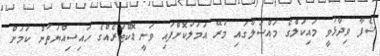
ޝެފާ ވިދާޅުވީ މައިކަލްގެ މައްސަލާގައި މުރޭ އަމަލުކޮށްފައި ވަނީ ޑޮކްޓަރެއްގެ ހައިސިއްޔަތުން ކަމަށް